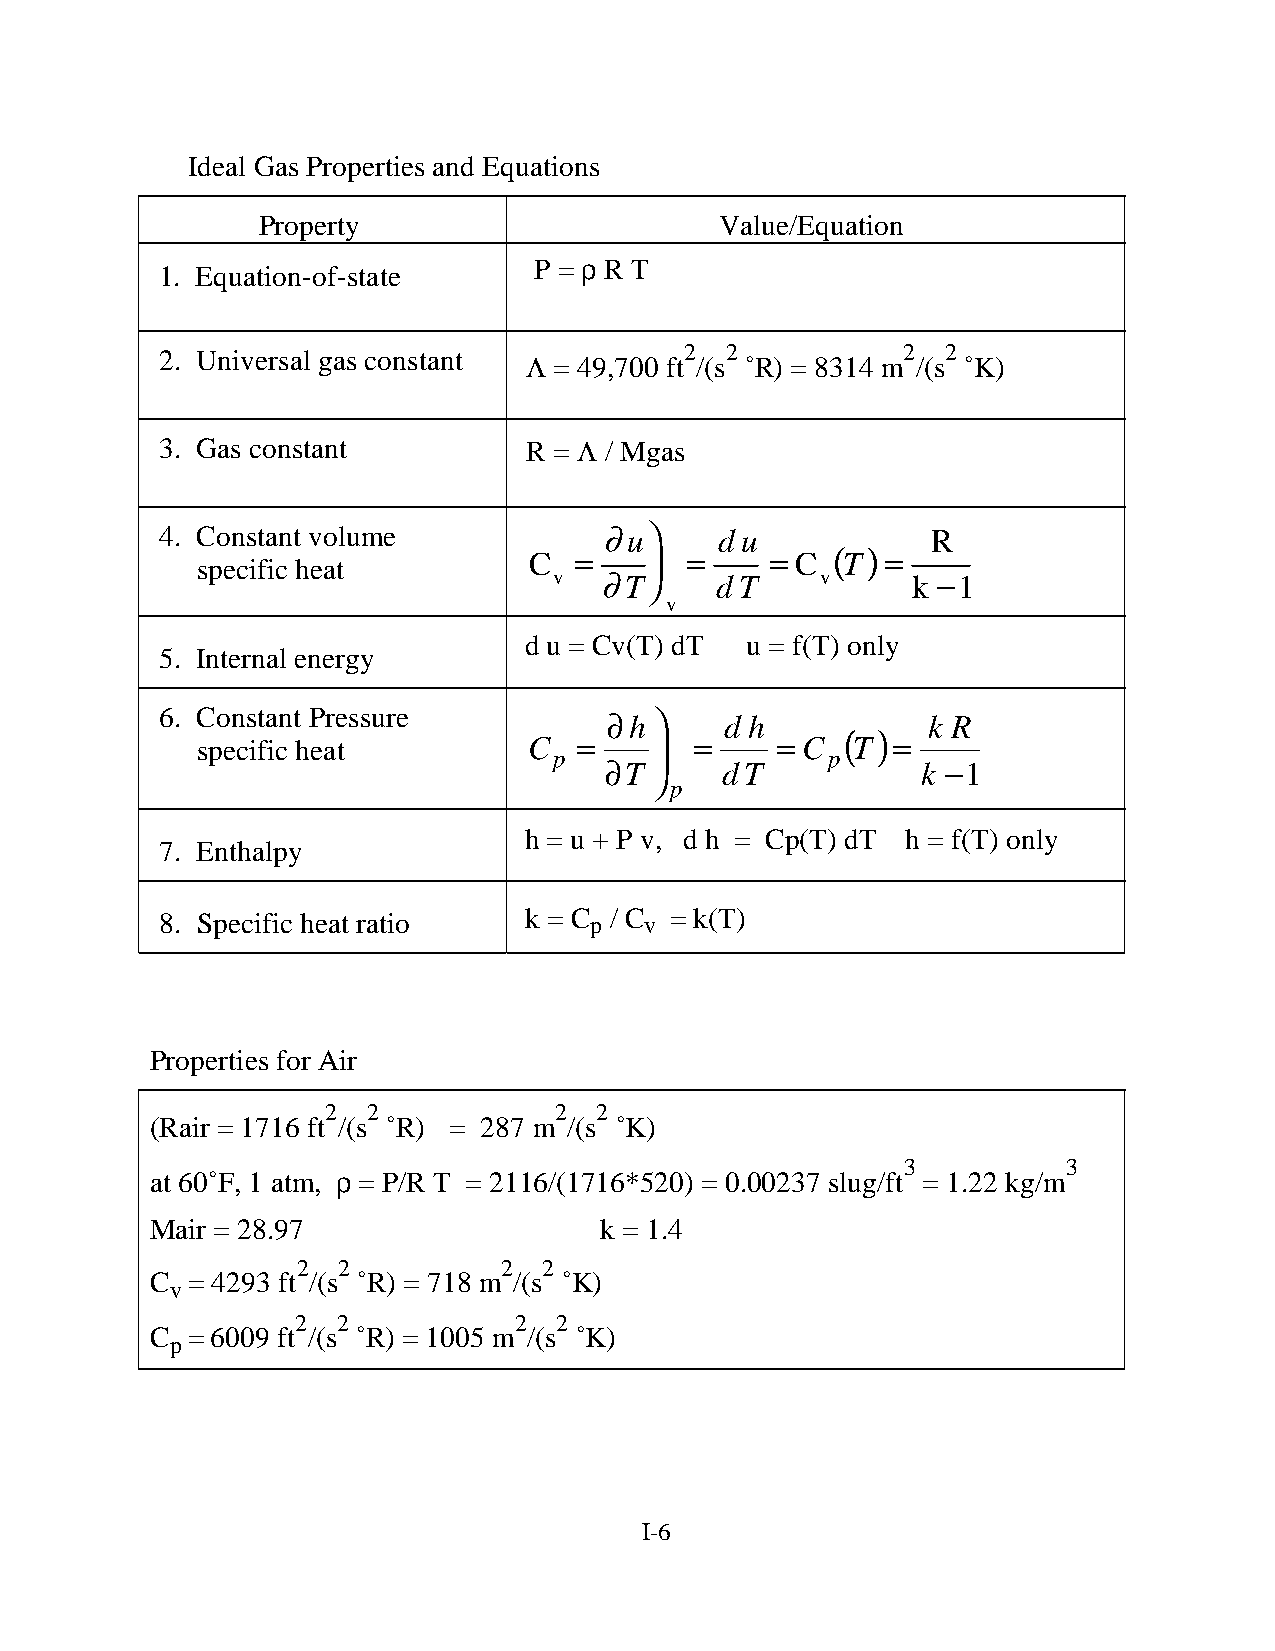
Ideal Gas Properties and Equations
 Property                       Value/Equation
 ρ
 P =  R T
 1. Equation-of-state
 2. Universal gas constant Λ       2  2           2  2
 = 49,700 ft /(s ˚R) = 8314 m /(s ˚K)
 3. Gas constant         R = Λ / Mgas
 4. Constant volume           ∂ u    du            R
 ( )
 specific heat
 C  =     =     = C  T  =
 v  ∂ T   d T    v     k − 1
 v
 d u = Cv(T) dT u = f(T) only
 5. Internal energy
 6. Constant Pressure         ∂  
 h     d h     ( )  k R
 =      =    =       =
 specific heat         C                C  T
 p  ∂              p       −
 T     dT           k  1
 p
 h = u + P v, d h = Cp(T) dT h = f(T) only
 7. Enthalpy
 8. Specific heat ratio  k = C p / C v = k(T)
 Properties for Air
 2 2            2 2
 (Rair = 1716 ft /(s ˚R) = 287 m /(s ˚K)
 3          3
 ρ
 at 60˚F, 1 atm, = P/R T = 2116/(1716*520) = 0.00237 slug/ft = 1.22 kg/m
 Mair = 28.97                  k = 1.4
 2 2          2  2
 C = 4293 ft /(s ˚R) = 718 m /(s ˚K)
 v
 2 2           2  2
 C = 6009 ft /(s ˚R) = 1005 m /(s ˚K)
 p
 I-6